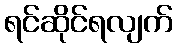
ရင်ဆိုင်ရလျက်